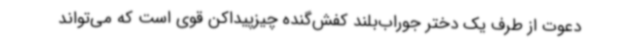
دعوت از طرف یک دختر جوراب‌بلند کفش‌گنده چیزپیداکن قوی است که می‌تواند